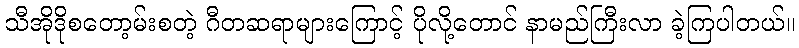
သီအိုဒိုစတော့မ်းစတဲ့ ဂီတဆရာများကြောင့် ပိုလို့တောင် နာမည်ကြီးလာ ခဲ့ကြပါတယ်။